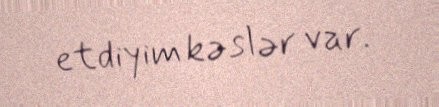
etdiyim kəslər var.